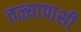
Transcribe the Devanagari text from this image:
तळ्यापाशी